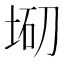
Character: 𡌇